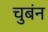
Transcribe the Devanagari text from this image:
चुबंन